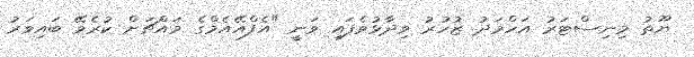
ޔޫތު މިނިސްޓަރު އަހްމަދު ޒުހުރު ވިދާޅުވެފައި ވަނީ "އެފްއޭއެމްގެ މައްޗަށް ކުރެވޭ ބައިވަރު